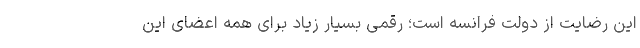
این رضایت از دولت فرانسه است؛ رقمی بسیار زیاد برای همه اعضای این